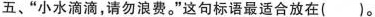
五、”小水滴滴，请勿浪费。”这句标语最适合放在()。